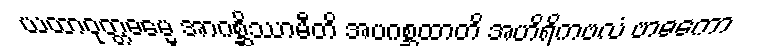
ယထာဝုတ္တဓမ္မေ အာဂစ္ဆိဿာမီတိ အပဂစ္ဆထာတိ အဟိရိကဗလံ ဗာဓကော